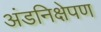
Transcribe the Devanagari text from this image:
अंडनिक्षेपण